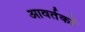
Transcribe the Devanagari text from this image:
आवर्तकों